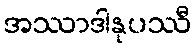
အဿာဒါနုပဿီ